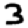
Digit: 3